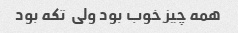
همه چیز خوب بود ولی  تکه بود